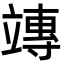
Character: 竱